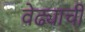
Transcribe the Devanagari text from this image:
वेढ्याची